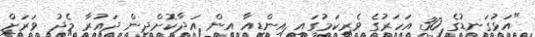
"އަޅުގަނޑުގެ 30 އަހަރުގެ ވެރިކަމުގައި އިންޑިއާ އިން އަދާކޮށްދިން ދައުރާ މެދު ވަރަށް